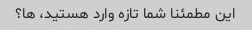
این مطمئنا شما تازه وارد هستید، ها؟